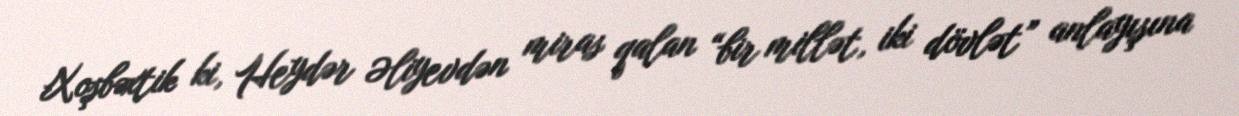
Xoşbəxtik ki, Heydər Əliyevdən miras qalan “bir millət, iki dövlət” anlayışına